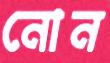
নোন